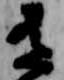
有